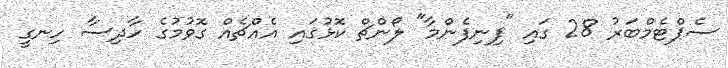
ސެޕްޓެމްބަރު 28 ގައި "ފިނިފެންމާ" ލޯންޗް ކޮޅުގައި އެއްޗެއް ގޮވުމުގެ ހާދިސާ ހިނގީ